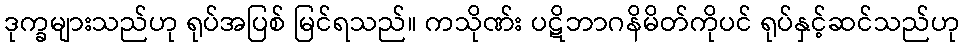
ဒုက္ခများသည်ဟု ရုပ်အပြစ် မြင်ရသည်။ ကသိုဏ်း ပဋိဘာဂနိမိတ်ကိုပင် ရုပ်နှင့်ဆင်သည်ဟု